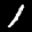
Label: 1